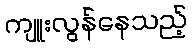
ကျူးလွန်နေသည့်